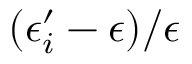
( \epsilon _ { i } ^ { \prime } - \epsilon ) / \epsilon